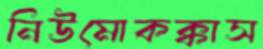
নিউমোকক্কাস